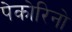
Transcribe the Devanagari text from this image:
पेकोरिनो